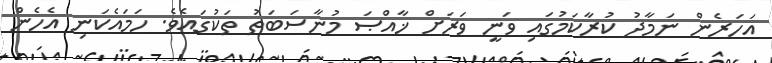
އަހަރެން ނަމާދު ކުރާކަމުގައި ވަނީ ވަރަށް ޚާއްޞަ މުނާސަބަތު ތަކުގައެވެ. ހަމައެކަނި އެހެން